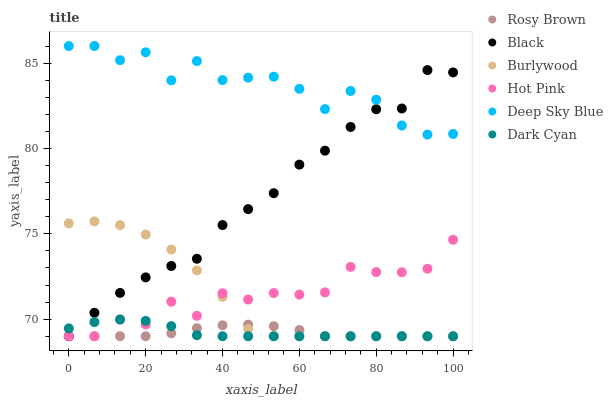
| xaxis_label | Rosy Brown | Black | Burlywood | Hot Pink | Deep Sky Blue | Dark Cyan |
 | --- | --- | --- | --- | --- | --- | --- |
 | 0 | 69 | 69 | 75.6 | 69 | 86 | 69.5 |
 | 6.67 | 69 | 70.4 | 75.7 | 69 | 86 | 69.8 |
 | 13.3 | 69 | 71.5 | 75.5 | 70 | 85.2 | 70 |
 | 20 | 69 | 72.4 | 75 | 69.7 | 85.6 | 69.9 |
 | 26.7 | 69.2 | 73.1 | 74.1 | 71 | 84 | 69.6 |
 | 33.3 | 69.5 | 73.5 | 72.9 | 70.2 | 85.1 | 69.1 |
 | 40 | 69.6 | 75.5 | 71.3 | 71.5 | 84 | 69 |
 | 46.7 | 69.7 | 76.4 | 69.4 | 71.2 | 84.1 | 69 |
 | 53.3 | 69.6 | 77.4 | 69 | 71.5 | 84.2 | 69 |
 | 60 | 69.4 | 79.1 | 69 | 71.4 | 83.5 | 69 |
 | 66.7 | 69 | 79.9 | 69 | 71.6 | 82.3 | 69 |
 | 73.3 | 69 | 81.3 | 69 | 73.1 | 83.4 | 69 |
 | 80 | 69 | 82.3 | 69 | 72.8 | 82.9 | 69 |
 | 86.7 | 69 | 82.3 | 69 | 72.7 | 81.3 | 69 |
 | 93.3 | 69 | 84.6 | 69 | 73 | 80.8 | 69 |
 | 100 | 69 | 84.5 | 69 | 74.7 | 80.8 | 69 |